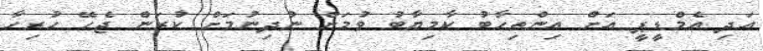
އަދި އެމްޑީޕީ އަށް އިންތިހާބު ކާމިޔާބު ވުމަށް ނުދިނުމަށް ކުރަން ޖެހޭ ހުރިހާ